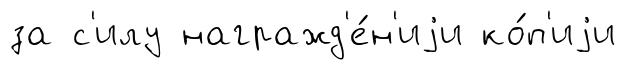
за с'илу награжд'е́н'иjи ко́п'иjи